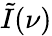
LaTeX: \tilde{I}(\nu)